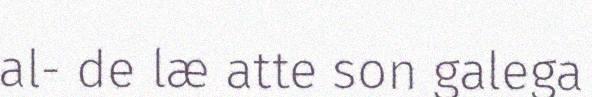
al- de læ atte son galega